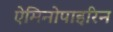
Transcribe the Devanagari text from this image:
ऐमिनोपाइरिन